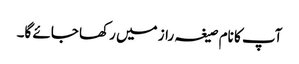
آپ کا نام صیغہ راز میں رکھا جائے گا۔